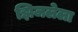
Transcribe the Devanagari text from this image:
झिजलेला